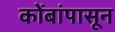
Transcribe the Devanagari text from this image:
कोंबांपासून